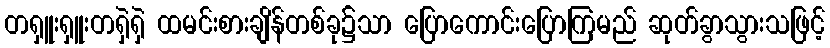
တရှူးရှူးတရှဲရှဲ ထမင်းစားချိန်တစ်ခု၌သာ ပြောကောင်းပြောကြမည် ဆုတ်ခွာသွားသဖြင့်